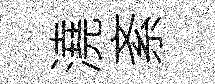
澆紊